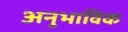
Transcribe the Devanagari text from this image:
अनुभाविक